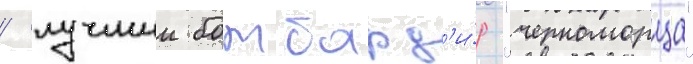
/ лучшии бомбард'и́р "черноморца"